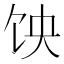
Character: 𱃵